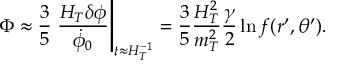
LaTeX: \Phi \approx { \frac { 3 } { 5 } } \left. { \frac { H _ { T } \delta \phi } { \dot { \phi } _ { 0 } } } \right| _ { t \approx H _ { T } ^ { - 1 } } = { \frac { 3 } { 5 } } { \frac { H _ { T } ^ { 2 } } { m _ { T } ^ { 2 } } } { \frac { \gamma } { 2 } } \ln f ( r ^ { \prime } , \theta ^ { \prime } ) .